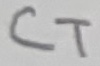
Text: CT